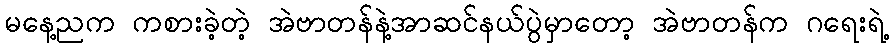
မနေ့ညက ကစားခဲ့တဲ့ အဲဗာတန်နဲ့အာဆင်နယ်ပွဲမှာတော့ အဲဗာတန်က ဂရေးရဲ့